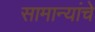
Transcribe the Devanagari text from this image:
सामान्यांचे